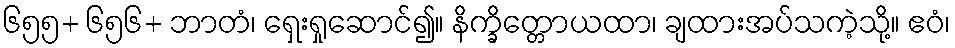
၆၅၅+ ၆၅၆+ ဘာတံ၊ ရှေးရှုဆောင်၍။ နိက္ခိတ္တောယထာ၊ ချထားအပ်သကဲ့သို့။ ဧဝံ၊